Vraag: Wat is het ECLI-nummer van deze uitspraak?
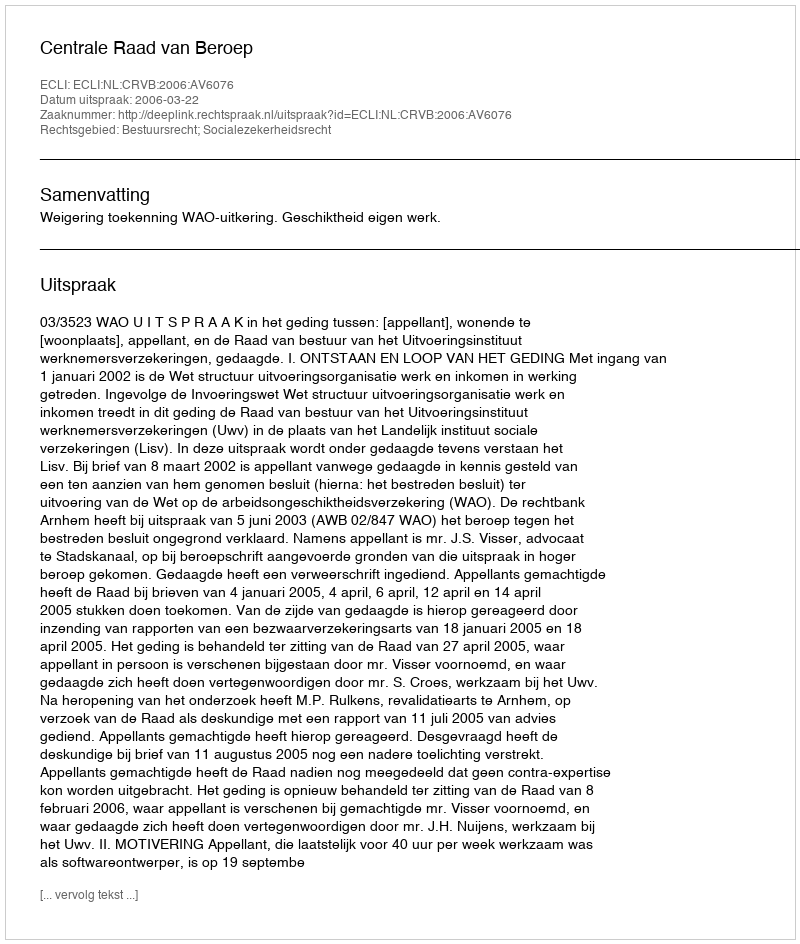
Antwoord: ECLI:NL:CRVB:2006:AV6076